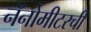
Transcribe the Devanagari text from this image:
नॅनोमीटरची